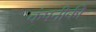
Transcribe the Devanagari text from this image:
कंपनीकी